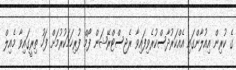
ގެ ކުރިން އިއުލާންގައި އެއްކަރުދާސްކުރެވިފައިވާ ރެޖިސްޓްރޭޝަން ފޯމް ފުރިހަމަކުރުމަށް ފަހު ތިރީގައިވާ މެއިލް